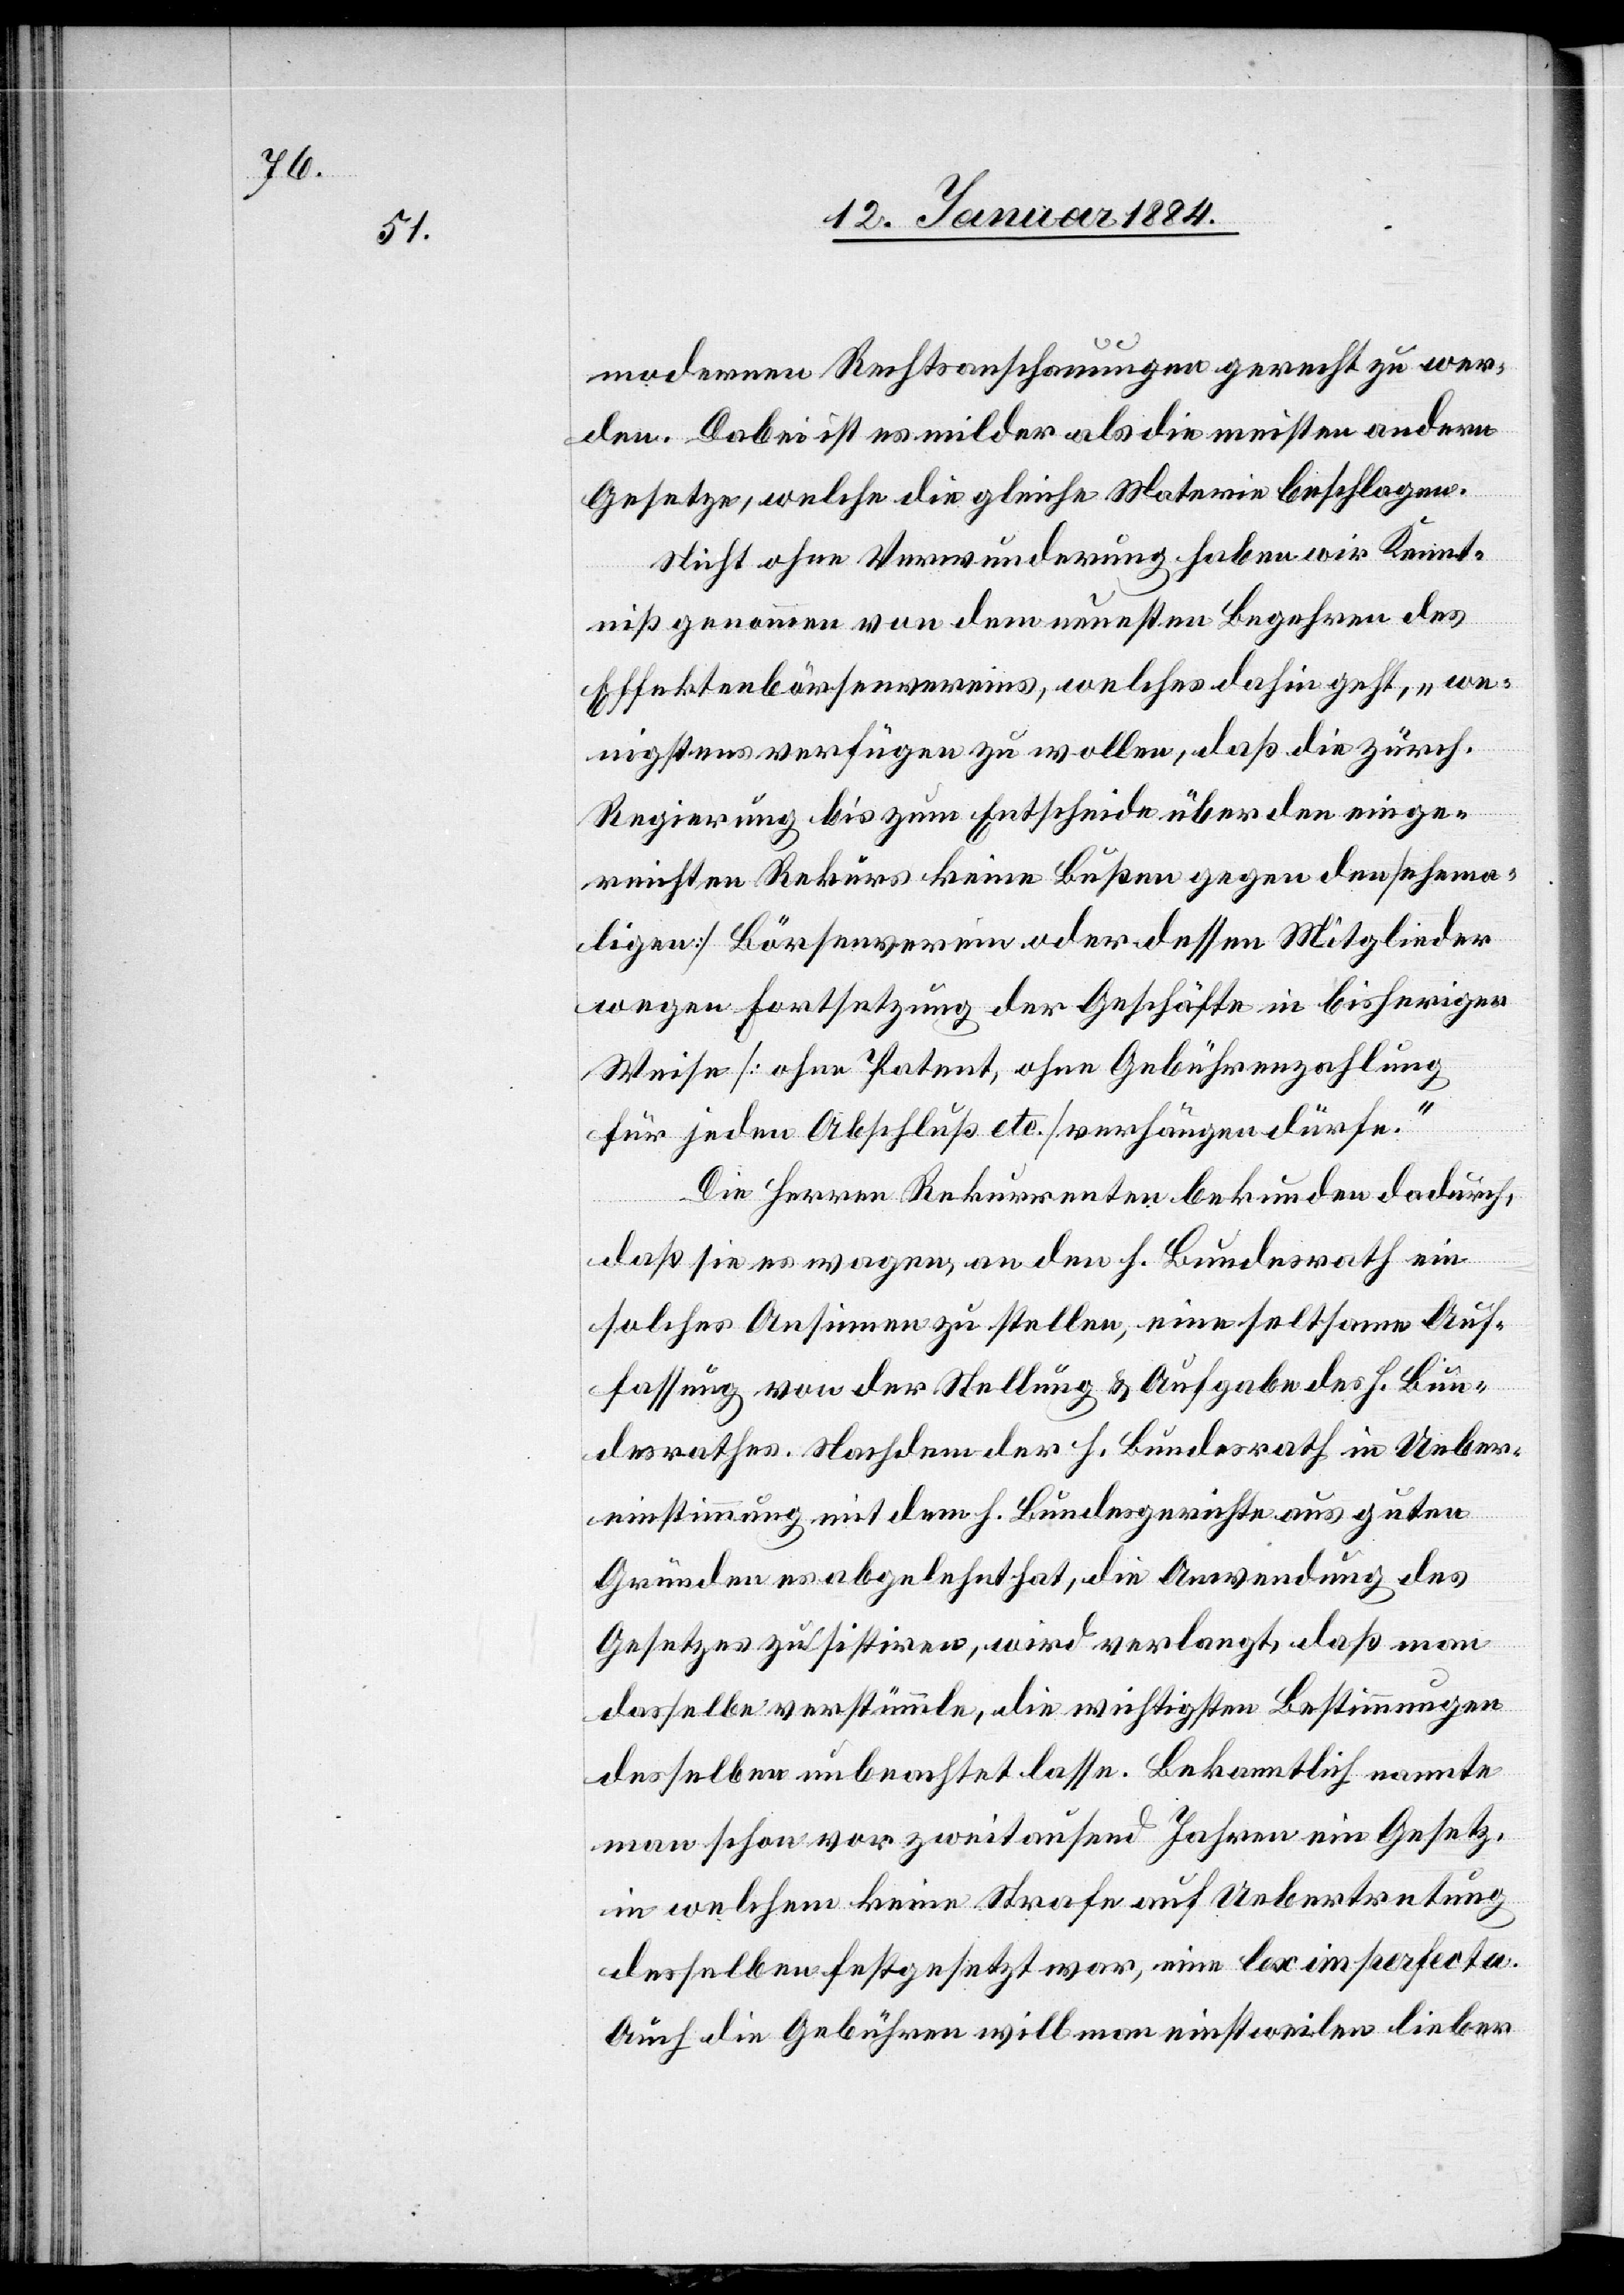
modernen Rechtsanschauungen gerecht zu wer¬
den. Dabei ist es milder als die meisten andern
Gesetze, welche die gleiche Materie beschlagen.
Nicht ohne Verwunderung haben wir Kennt¬
niß genommen von dem neusten Begehren des
Effektenbörsenvereins, welches dahin geht, „we¬
nigstens verfügen zu wollen, daß die zürch.
Regierung bis zum Entscheide über den einge¬
reichten Rekurs keine Bußen gegen den [ehema¬
ligen] Börsenverein oder dessen Mitglieder
wegen Fortsetzung der Geschäfte in bisheriger
Weise [ohne Patent, ohne Gebührenzahlung
für jeden Beschluß etc.] verhängen dürfe.“
Die Herren Rekurrenten bekunden dadurch,
daß sie es wagen, an den h. Bundesrath ein
solches Ansinnen zu stellen, eine seltsame Auf¬
fassung von der Stellung & Aufgabe des h. Bun¬
desrathes. Nachdem der h. Bundesrath in Ueber¬
einstimmung mit dem h. Bundesgerichte aus guten
Gründen es abgelehnt hat, die Anwendung des
Gesetzes zu sistiren, wird verlangt, daß man
dasselbe verstümmle, die wichtigsten Bestimmungen
desselben unbeachtet lasse. Bekanntlich nannte
man schon vor zweitausend Jahren ein Gesetz,
in welchem keine Strafe auf Uebertretung
desselben festgesetzt war, eine lex imperfecta.
Auch die Gebühren will man einstweilen lieber